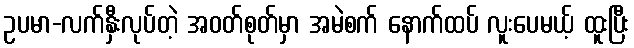
ဥပမာ-လက်နှီးလုပ်တဲ့ အဝတ်စုတ်မှာ အမဲစက် နောက်ထပ် လူးပေမယ့် ထူးပြီး